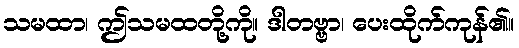
သမထာ၊ ဤသမထတို့ကို။ ဒါတဗ္ဗာ၊ ပေးထိုက်ကုန်၏။